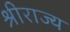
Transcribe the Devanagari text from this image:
श्रीराज्य